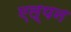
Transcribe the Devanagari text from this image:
एल्पन